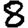
Digit: 8